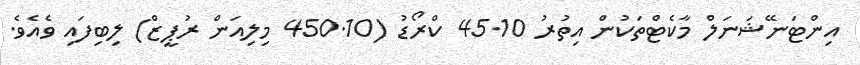
އިންޓަނޭޝަނަލް މާކެޓްތަކުން އިތުރު 45.10 ކްރޯޑު (450.10 މިލިއަން ރުޕީޒް) ލިބިފައި ވެއެވެ.